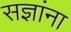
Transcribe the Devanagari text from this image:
सज्ञांना